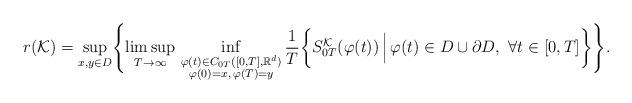
LaTeX: \begin{align*}r({\mathcal{K}}) = \sup_{x, y \in D} \Biggl\{ \limsup_{T \rightarrow \infty} \, \inf_{\substack{\varphi(t) \in C_{0T}([0,T], \mathbb{R}^d)\\ \varphi(0)=x,\,\varphi(T)=y}} \frac{1}{T} \biggl \{ S_{0T}^{\mathcal{K}}(\varphi(t))\, \Bigl \vert \,\varphi(t) \in D \cup \partial D,\,\, \forall t \in [0, T] \biggr\} \Biggr\}. \end{align*}